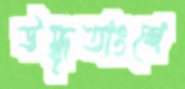
উদ্ধৃতাংশে